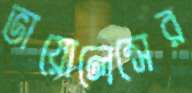
ভায়োলেন্সের